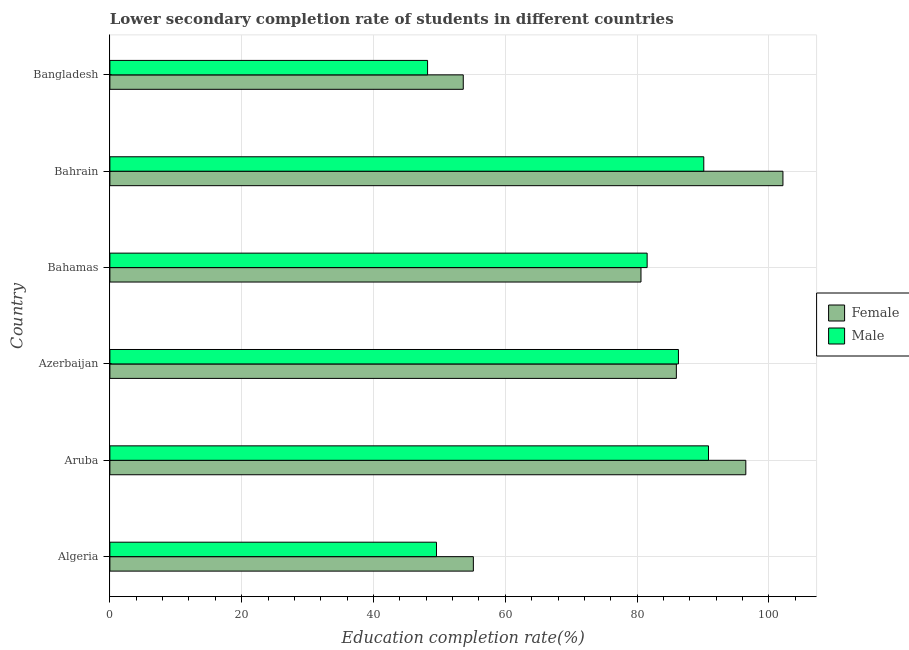
| Country | Female | Male |
 | --- | --- | --- |
 | Algeria | 55.1 | 49.6 |
 | Aruba | 96.5 | 90.8 |
 | Azerbaijan | 85.9 | 86.3 |
 | Bahamas | 80.6 | 81.5 |
 | Bahrain | 102 | 90.1 |
 | Bangladesh | 53.6 | 48.2 |